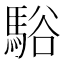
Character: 𩣥